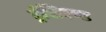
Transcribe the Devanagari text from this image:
ट्रंसिएण्ट